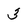
Character: 3